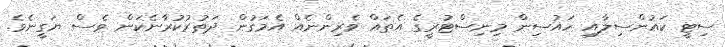
ސިޓީ ކައުންސިލާއި ހައުސިން މިނިސްޓުރީގެ އެތައް ވެރިންނެއް އެމަގުން ދަތުރުކުރާނެކަން ވެސް ޔަގީނެވެ.